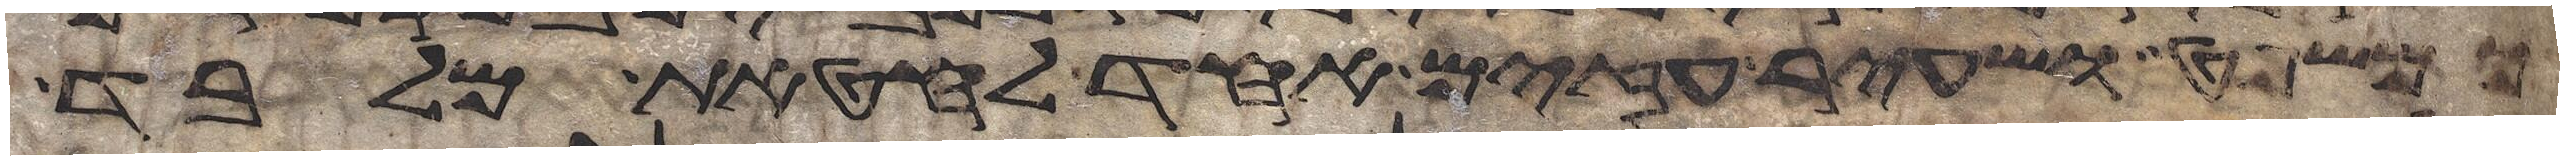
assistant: כמשפט ושעיר עזים אחד לחטאת מלבד